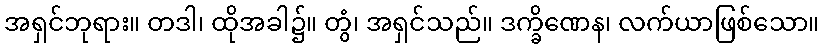
အရှင်ဘုရား။ တဒါ၊ ထိုအခါ၌။ တွံ၊ အရှင်သည်။ ဒက္ခိဏေန၊ လက်ယာဖြစ်သော။